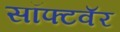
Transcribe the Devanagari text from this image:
सॉफ्टवॅर